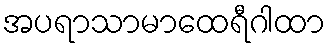
အပရာသာမာထေရီဂါထာ